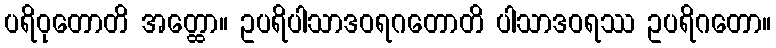
ပရိဝုတောတိ အတ္ထော။ ဥပရိပါသာဒဝရဂတောတိ ပါသာဒဝရဿ ဥပရိဂတော။